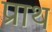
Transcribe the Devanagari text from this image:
प्राथ